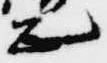
正